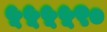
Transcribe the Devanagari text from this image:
५५५५९०